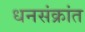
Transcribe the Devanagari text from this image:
धनसंक्रांत